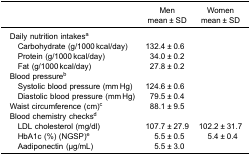
<table><thead><tr><td rowspan="2">[EMPTY_CELL]</td><td><b>Men</b></td><td><b>Women</b></td></tr><tr><td><b>mean ± SD</b></td><td><b>mean ± SD</b></td></tr></thead><tbody><tr><td colspan="3">Daily nutrition intakes<sup>a</sup></td></tr><tr><td> Carbohydrate (g/1000 kcal/day)</td><td>132.4 ± 0.6</td><td>[EMPTY_CELL]</td></tr><tr><td> Protein (g/1000 kcal/day)</td><td>34.0 ± 0.2</td><td>[EMPTY_CELL]</td></tr><tr><td> Fat (g/1000 kcal/day)</td><td>27.8 ± 0.2</td><td>[EMPTY_CELL]</td></tr><tr><td colspan="3">Blood pressure<sup>b</sup></td></tr><tr><td> Systolic blood pressure (mm Hg)</td><td>124.6 ± 0.6</td><td>[EMPTY_CELL]</td></tr><tr><td> Diastolic blood pressure (mm Hg)</td><td>79.5 ± 0.4</td><td>[EMPTY_CELL]</td></tr><tr><td>Waist circumference (cm)<sup>c</sup></td><td>88.1 ± 9.5</td><td>[EMPTY_CELL]</td></tr><tr><td colspan="3">Blood chemistry checks<sup>d</sup></td></tr><tr><td> LDL cholesterol (mg/dl)</td><td>107.7 ± 27.9</td><td>102.2 ± 31.7</td></tr><tr><td> HbA1c (%) (NGSP)<sup>e</sup></td><td>5.5 ± 0.5</td><td>5.4 ± 0.4</td></tr><tr><td> Aadiponectin (μg/mL)</td><td>5.5 ± 3.0</td><td>[EMPTY_CELL]</td></tr></tbody></table>